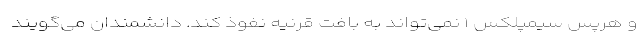
و هرپس سیمپلکس ۱ نمی‌تواند به بافت قرنیه نفوذ کند. دانشمندان می‌گویند